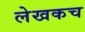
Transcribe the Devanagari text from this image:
लेखकच